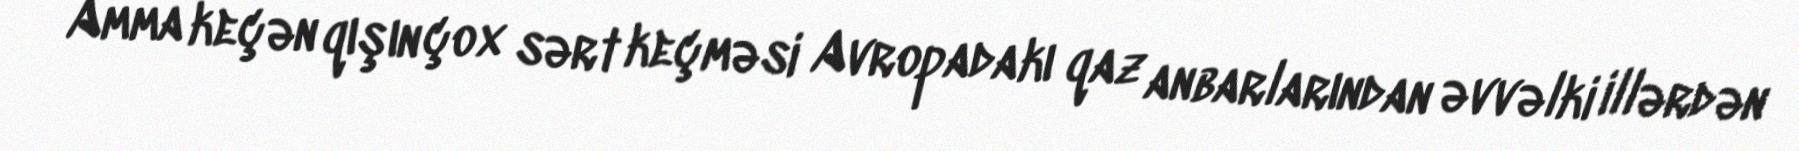
Amma keçən qışın çox sərt keçməsi Avropadakı qaz anbarlarından əvvəlki illərdən